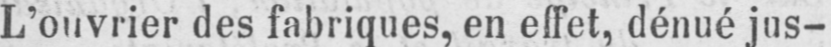
L’ouvrier des fabriques, en effet, dénué jus-